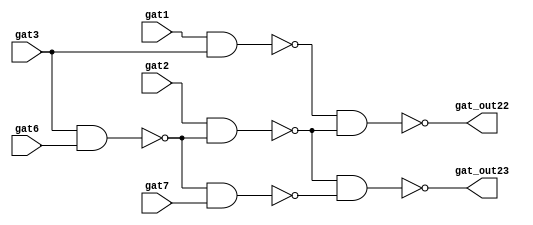
`timescale 1ns/1ps 
module c17 (gat1, gat2, gat3, gat6, gat7, gat_out22, gat_out23);
input gat1, gat2, gat3, gat6, gat7;
output gat_out22, gat_out23;
wire gat_out10, gat_out11, gat_out16, gat_out19;
nand gat10 (gat_out10, gat1, gat3);
nand gat11 (gat_out11, gat3, gat6);
nand gat16 (gat_out16, gat2, gat_out11);
nand gat19 (gat_out19, gat_out11, gat7);
nand gat22 (gat_out22, gat_out10, gat_out16);
nand gat23 (gat_out23, gat_out16, gat_out19);
endmodule